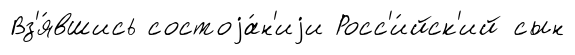
Вз'я́вшись состоjа́н'иjи Росс'и́йск'ий сын